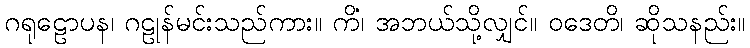
ဂရုဠောပန၊ ဂဠုန်မင်းသည်ကား။ ကိံ၊ အဘယ်သို့လျှင်။ ဝဒေတိ၊ ဆိုသနည်း။